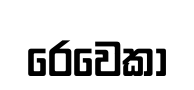
රෙවෙකා